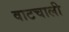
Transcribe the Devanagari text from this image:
वाटचाली